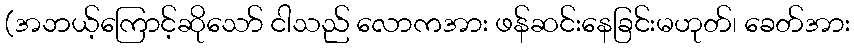
(အဘယ့်ကြောင့်ဆိုသော် ငါသည် လောကအား ဖန်ဆင်းနေခြင်းမဟုတ်၊ ခေတ်အား